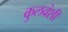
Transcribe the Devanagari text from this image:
कुलवंशी